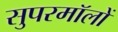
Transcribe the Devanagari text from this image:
सुपरमॉलों